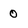
Character: 0